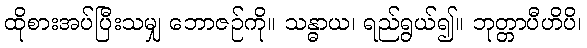
ထိုစားအပ်ပြီးသမျှ ဘောဇဉ်ကို။ သန္ဓာယ၊ ရည်ရွယ်၍။ ဘုတ္တာပီဟိပိ၊